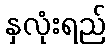
နှလုံးရည်